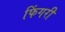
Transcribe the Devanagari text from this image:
फिंगरी